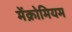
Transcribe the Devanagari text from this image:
मेंक्रोमियम